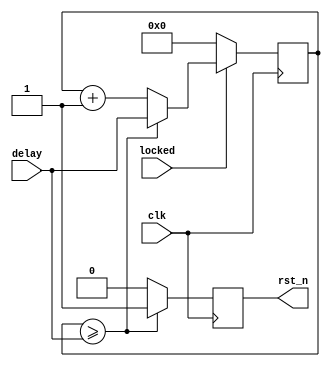
//////////////////////////////////////////////////////////////////////////////////
// Company: 
// Engineer: 
// 
// Design Name: 
// Module Name: reset_management
// Project Name: 
// Target Devices: 
// Tool Versions: 
// Description: 
// 
// Dependencies: 
// 
// Revision:
// Revision 0.01 - File Created
// Additional Comments:
// 
//////////////////////////////////////////////////////////////////////////////////

//
//delay clk
module reset_management(
       input wire [25:0] delay,
       input wire locked,	//start
       input wire clk,
       output reg rst_n
);
reg [25:0] cnt;

always @ (posedge clk)
begin
  if (!locked)
	begin
		cnt <= 26'd0;
	end
	else
	begin
		if (cnt >= delay)
		begin
			cnt <= delay;
		end
		else
		begin
			cnt <= cnt + 26'd1;
		end
	end
end


always @ (posedge clk)
begin
	if (cnt >= delay)
	   rst_n <= 1'b1;
	else
	   rst_n <= 1'b0;
end
endmodule